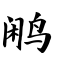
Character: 鹇